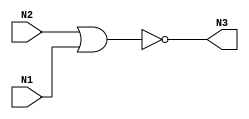
module test_nor(N3, N2, N1);

input N1,N2;
output N3;


nor NOR2_1 (N3, N2, N1);
endmodule